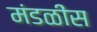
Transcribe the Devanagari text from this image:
मंडळींस